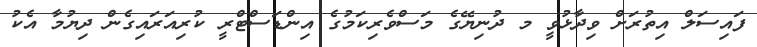
ފައިސަލް އިތުރަށް ވިދާޅުވީ މ ދުނިޔޭގެ މަސްވެރިކަމުގެ އިންޑަސްޓްރީ ކުރިއަރައިގެން ދިޔުމާ އެކު